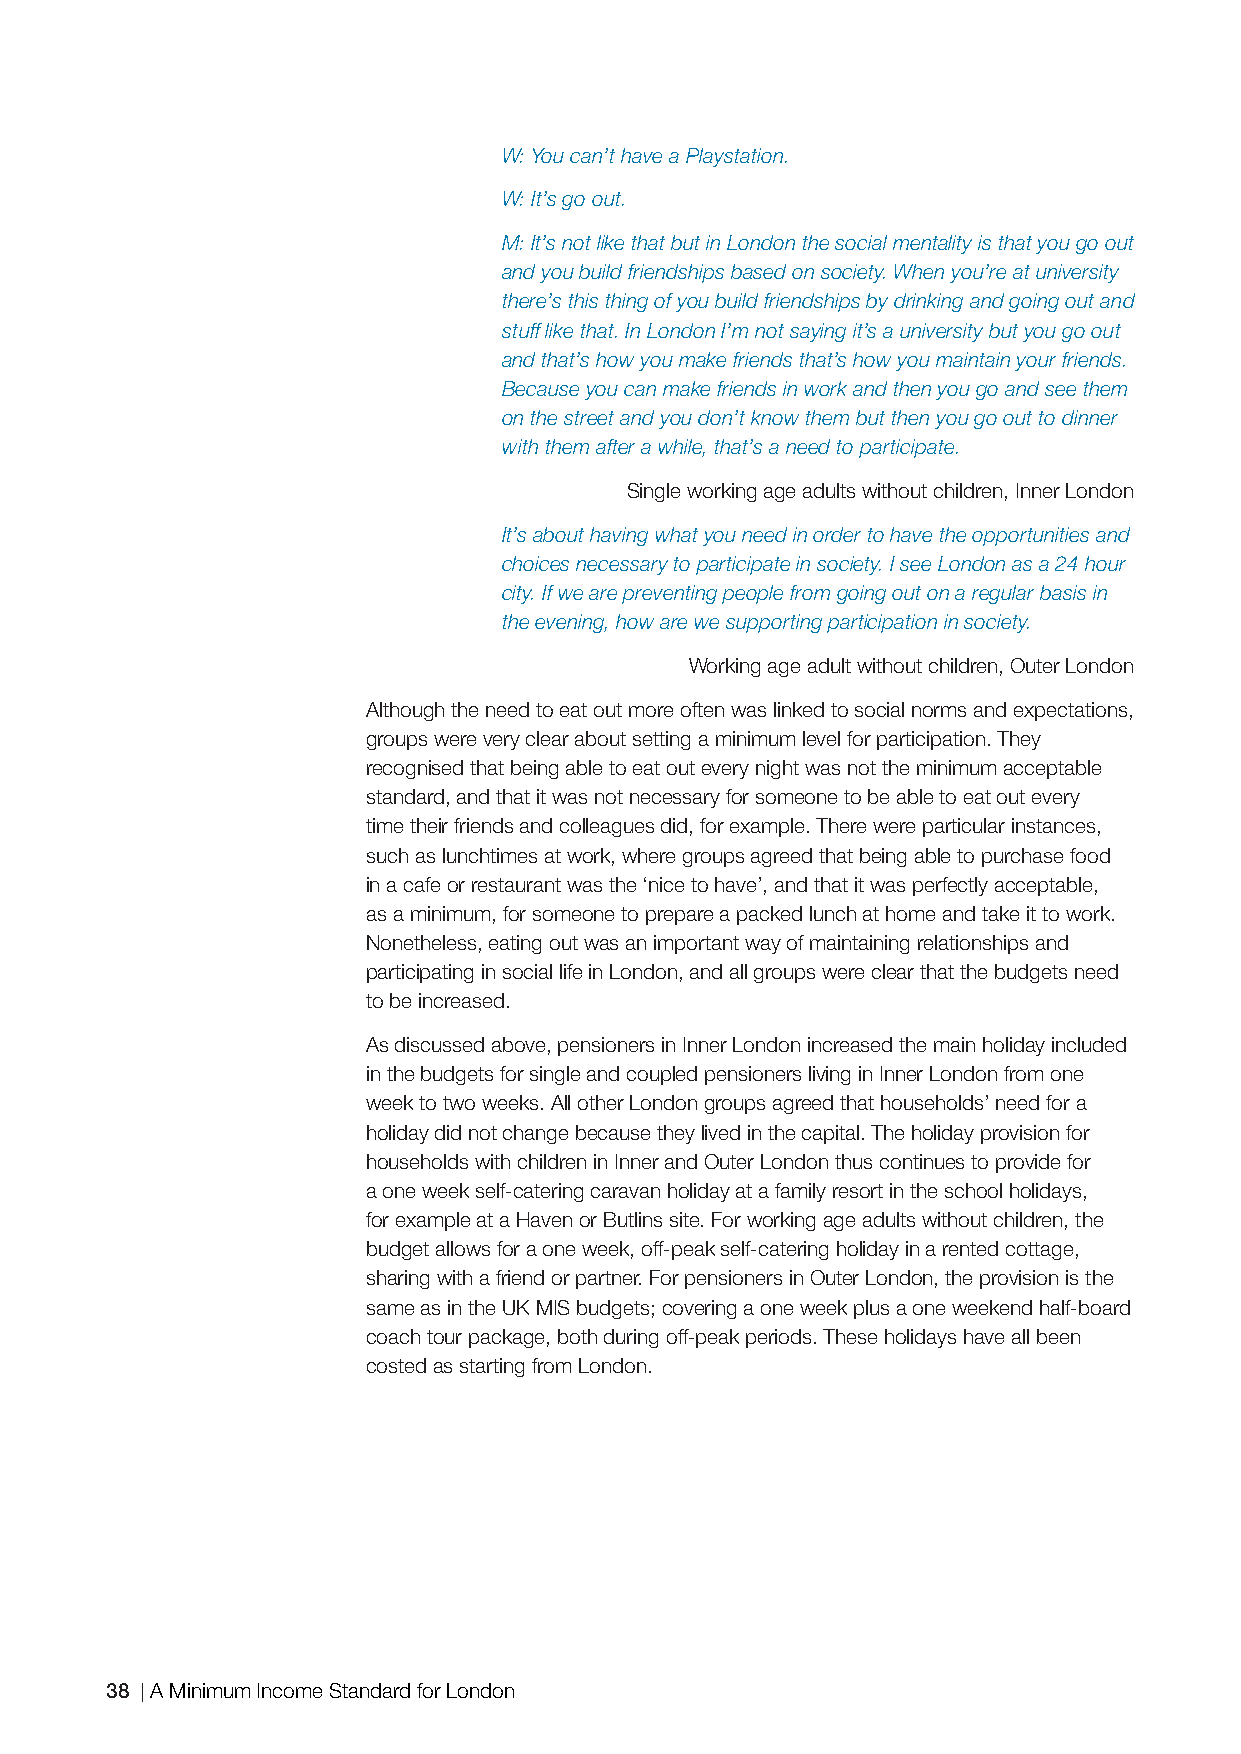
W: You can’t have a Playstation.
 W: It’s go out.
 M: It’s not like that but in London the social mentality is that you go out
 and you build friendships based on society. When you’re at university
 there’s this thing of you build friendships by drinking and going out and
 stuff like that. In London I’m not saying it’s a university but you go out
 and that’s how you make friends that’s how you maintain your friends.
 Because you can make friends in work and then you go and see them
 on the street and you don’t know them but then you go out to dinner
 with them after a while, that’s a need to participate.
 Single working age adults without children, Inner London
 It’s about having what you need in order to have the opportunities and
 choices necessary to participate in society. I see London as a 24 hour
 city. If we are preventing people from going out on a regular basis in
 the evening, how are we supporting participation in society.
 Working age adult without children, Outer London
 Although the need to eat out more often was linked to social norms and expectations,
 groups were very clear about setting a minimum level for participation. They
 recognised that being able to eat out every night was not the minimum acceptable
 standard, and that it was not necessary for someone to be able to eat out every
 time their friends and colleagues did, for example. There were particular instances,
 such as lunchtimes at work, where groups agreed that being able to purchase food
 in a cafe or restaurant was the ‘nice to have’, and that it was perfectly acceptable,
 as a minimum, for someone to prepare a packed lunch at home and take it to work.
 Nonetheless, eating out was an important way of maintaining relationships and
 participating in social life in London, and all groups were clear that the budgets need
 to be increased.
 As discussed above, pensioners in Inner London increased the main holiday included
 in the budgets for single and coupled pensioners living in Inner London from one
 week to two weeks. All other London groups agreed that households’ need for a
 holiday did not change because they lived in the capital. The holiday provision for
 households with children in Inner and Outer London thus continues to provide for
 a one week self-catering caravan holiday at a family resort in the school holidays,
 for example at a Haven or Butlins site. For working age adults without children, the
 budget allows for a one week, off-peak self-catering holiday in a rented cottage,
 sharing with a friend or partner. For pensioners in Outer London, the provision is the
 same as in the UK MIS budgets; covering a one week plus a one weekend half-board
 coach tour package, both during off-peak periods. These holidays have all been
 costed as starting from London.
 38 A Minimum Income Standard for London